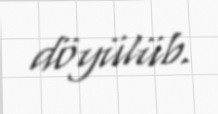
döyülüb.